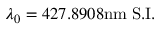
\lambda _ { 0 } = 4 2 7 . 8 9 0 8 \mathrm { n m } \; \mathrm { S . I . }